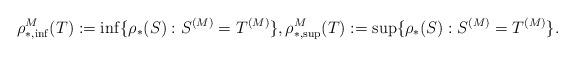
LaTeX: \begin{align*}\rho^M_{*,\inf}(T) := \inf \{\rho_*(S) : S^{(M)} = T^{(M)}\}, \rho^M_{*,\sup}(T) := \sup \{\rho_*(S) : S^{(M)} = T^{(M)}\}.\end{align*}